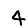
Digit: 4